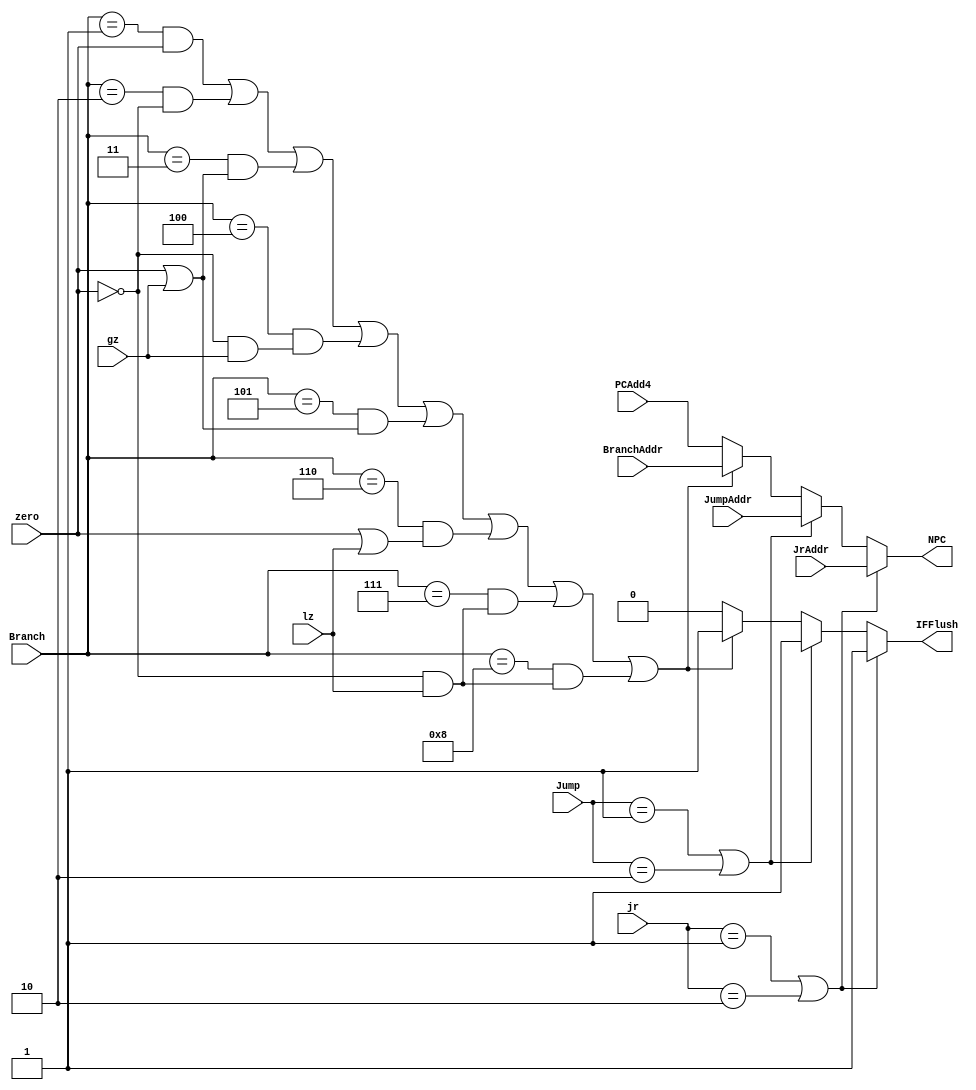
`timescale 1ns / 1ps
//////////////////////////////////////////////////////////////////////////////////
// Company: 
// Engineer: 
// 
// Design Name: 
// Module Name: NPC
// Project Name: 
// Target Devices: 
// Tool Versions: 
// Description: 
// 
// Dependencies: 
// 
// Revision:
// Revision 0.01 - File Created
// Additional Comments:
// 
//////////////////////////////////////////////////////////////////////////////////

//Branch
`define bno     4'b0000
`define beq     4'b0001
`define bne     4'b0010
`define bgez    4'b0011
`define bgtz    4'b0100
`define bgezal  4'b0101
`define blez    4'b0110
`define bltz    4'b0111
`define bltzal  4'b1000
//Branch

//j IType
`define jno  2'b00
`define j    2'b01
`define jal  2'b10

//jr RType
`define jrno     2'b00
`define jr      2'b01
`define jalr    2'b10

module NPC(Branch,zero,gz,lz,Jump,jr,PCAdd4,BranchAddr,JumpAddr,JrAddr,NPC,IFFlush);
    input [3:0] Branch;
    input zero;
    input gz;
    input lz;
    input [1:0] Jump;
    input [1:0] jr;
    input [31:0] BranchAddr;
    input [31:0] PCAdd4;
    input [31:0] JumpAddr;
    input [31:0] JrAddr;

    output reg [31:0] NPC;
    output reg IFFlush;

    always @(*) begin
        NPC = PCAdd4;
        IFFlush = 0;
        if( (Branch==`beq && zero==1)//beq
          ||(Branch==`bne && zero==0)//bne
          ||(Branch==`bgez&&(zero==1 || gz==1))//bgez
          ||(Branch==`bgtz&&(zero==0 &&gz==1))//bgtz
          ||(Branch==`bgezal&&(zero==1 || gz==1))//bgezal
          ||(Branch==`blez&&(zero==1 || lz==1))//blez
          ||(Branch==`bltz&&(zero==0 && lz==1))//bltz
          ||(Branch==`bltzal&&(zero==0 && lz==1))//bltzal
          )begin
            NPC = BranchAddr;
            IFFlush = 1;             
          end

        if(Jump==`j || Jump==`jal)
        begin
            NPC = JumpAddr;
            IFFlush = 1; 
        end
        
        if(jr==`jr || jr==`jalr)
        begin
            NPC = JrAddr;
            IFFlush = 1; 
        end
    end

endmodule